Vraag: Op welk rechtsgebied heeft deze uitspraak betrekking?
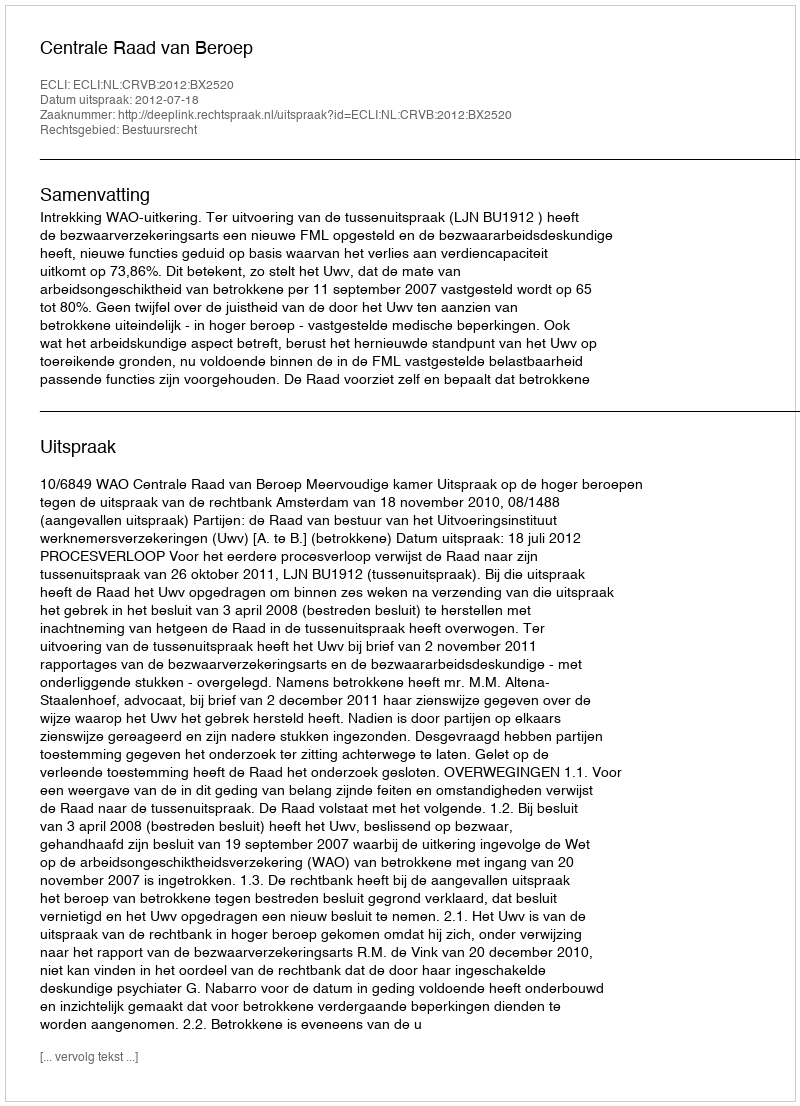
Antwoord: Bestuursrecht